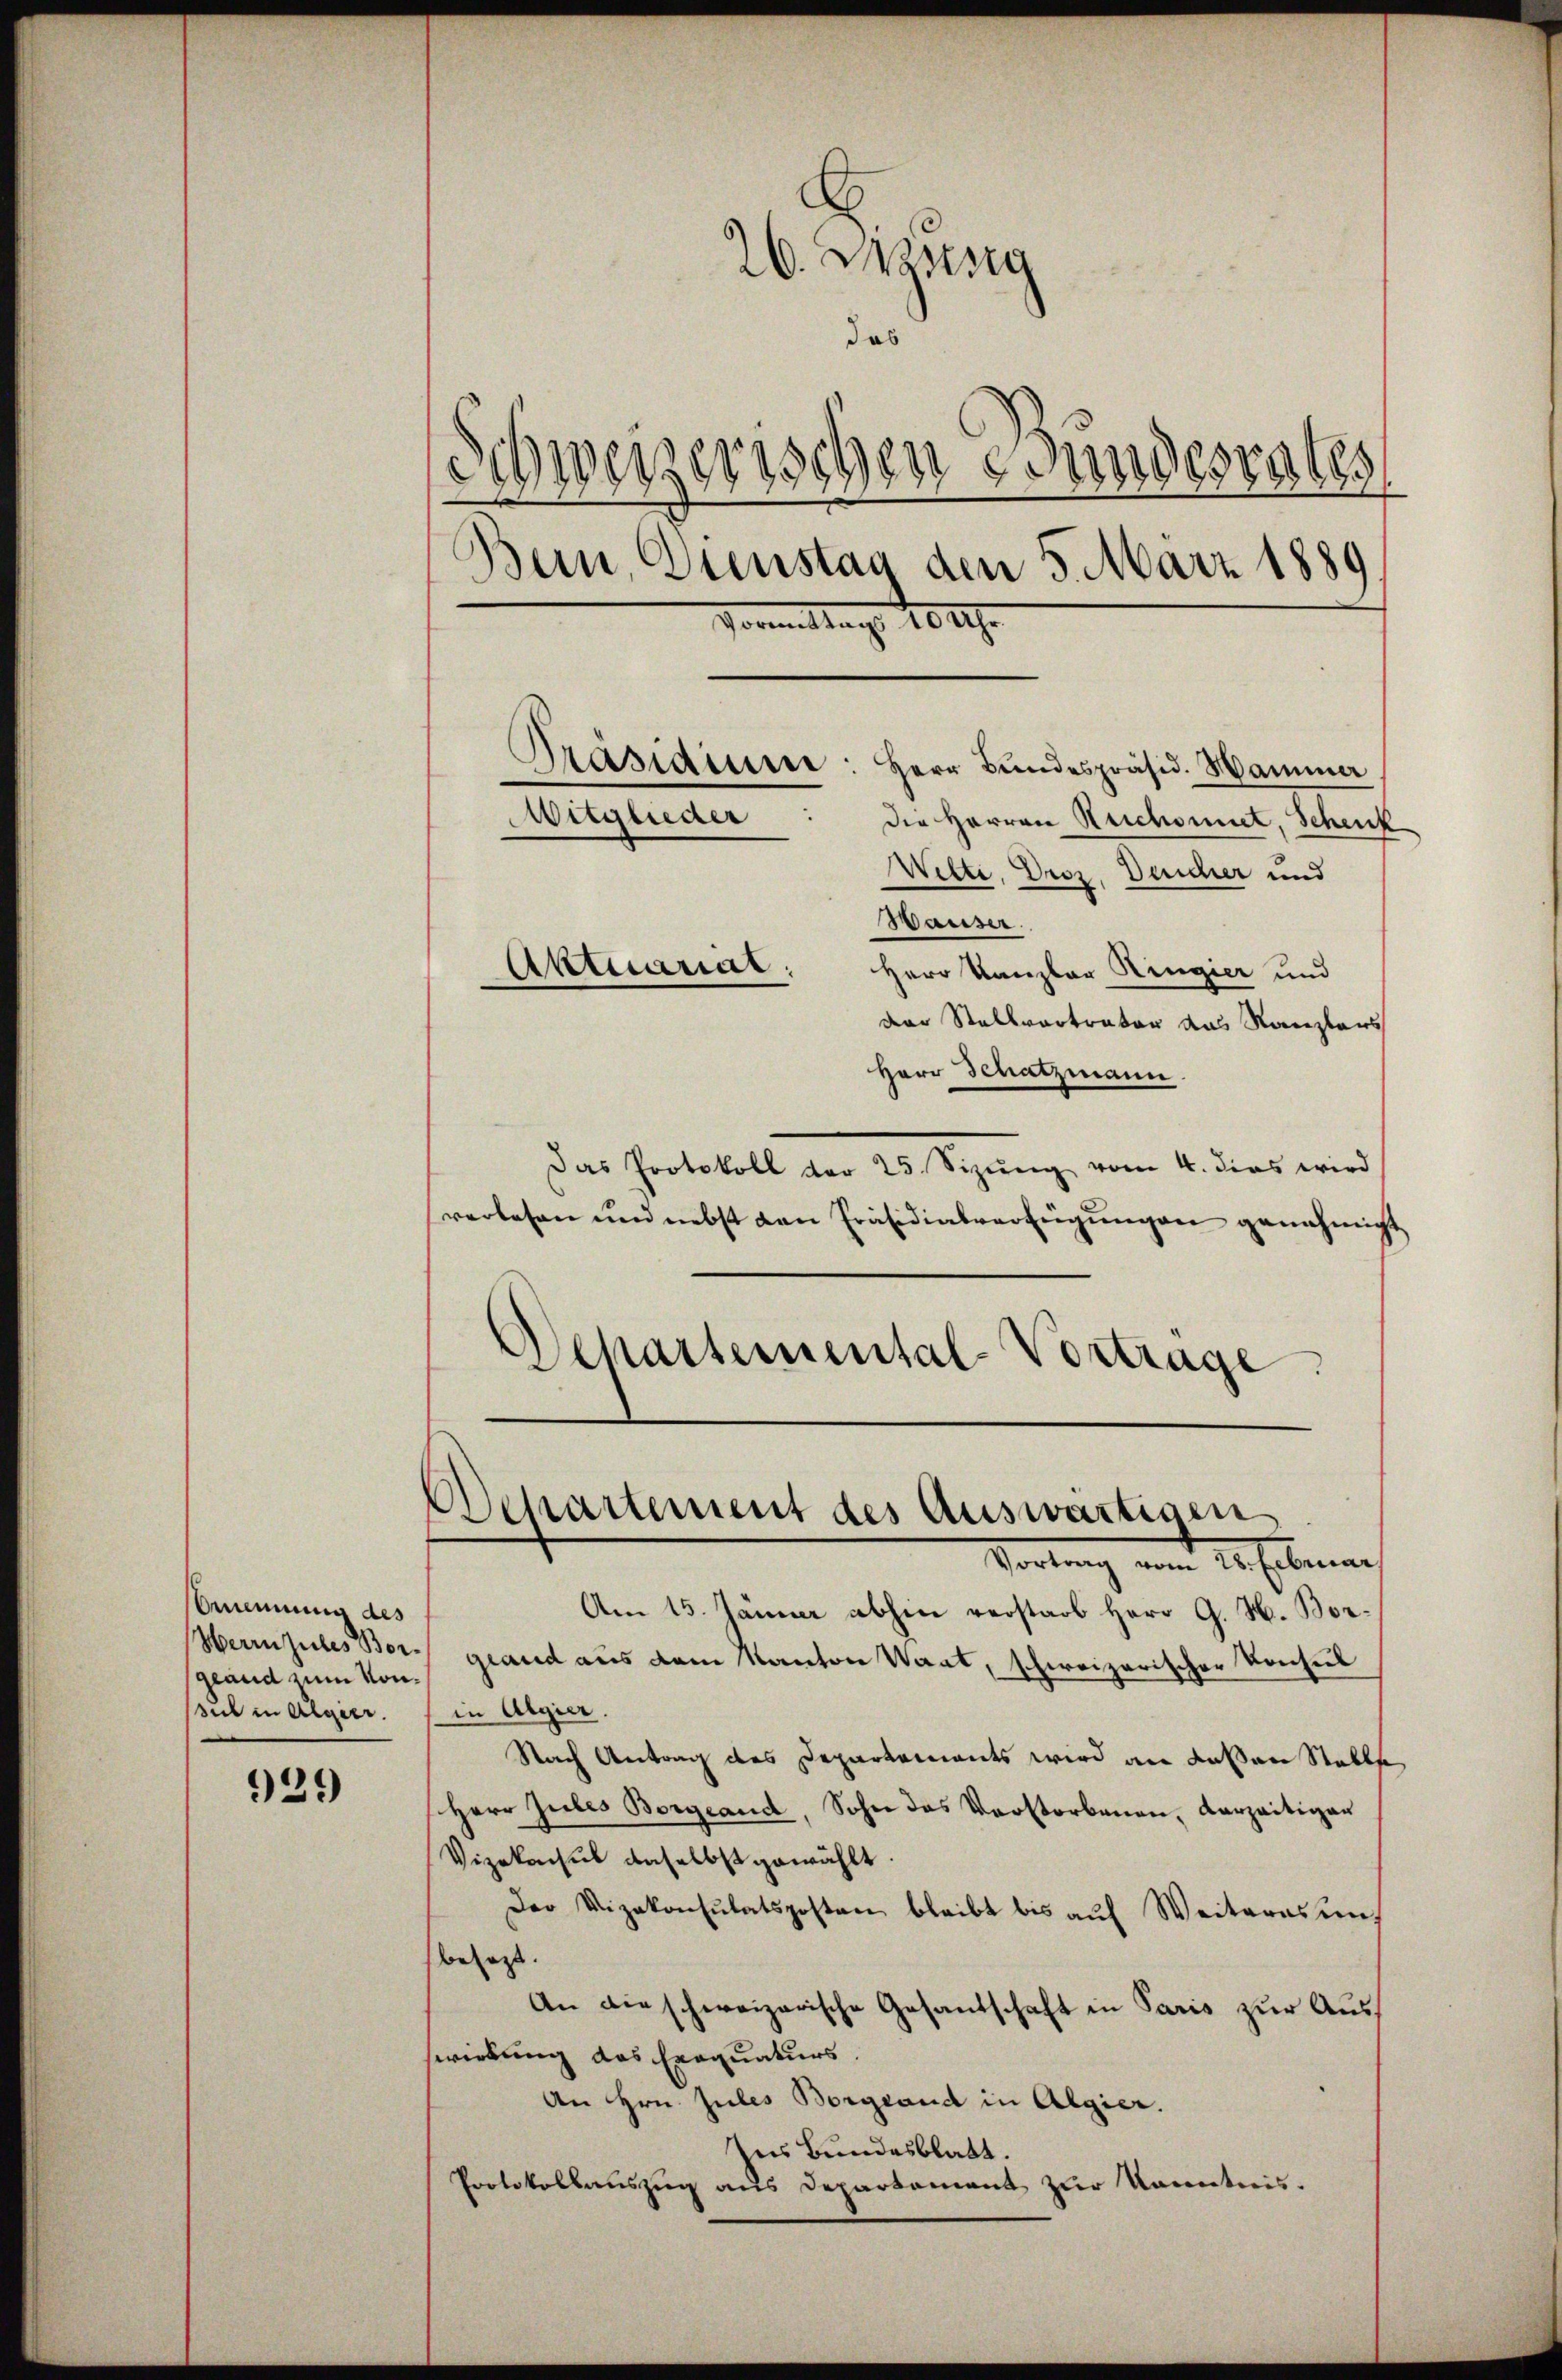
929

Brennung des
Herin zules Borgland zum Konsul in Algier.

26. Massg
das
Schweizerischen Fundesrates
Bern, Dienstag den 5. März 1889
Vormittags 10 Uhr

Herr Bundespräsid. Hammer
die Herren Reichnet, Schenk
Wilte, Droz. Deucier und
Wauser.
Aktuariar:
Herr Kanzler Ringier und
der Stellvertreter das Kanzlers
Herr Schatzmann
Das Protokoll der 25. Sizŭng vom 4. dies wird
verlesen und nebst den Präsidialverfügungen genehmigt
Schartemental-Vortrage

Präsidium
Witglieder

Am 15. Jänner abhin verstarb Herr G. H. Borgland aus dem Kanton Waat, schweizerischer Konsul
in Algier.
Nach Antrag des Departements wird an dassen Stelle,
Herr Zŭles Borgeand, Sohn das Verstorbenen, verzeitigen
Vizekochub daselbst gewählt.
Der Vizekonsulatsposten bleibt bis aŭf Weiteresen,
besezt.
An die schweizerische Gesandschaft in Paris zur Auswirkung das Exequaturs
An Hrn. Jules Borgeand in Algier.
Ins Bundesblatt.
Protokollauszug aus Departement zur Kenntnis.

Dchartement des Auswärtigen
Vortrag vom 20. Februar